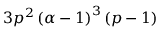
3 p ^ { 2 } \left( \alpha - 1 \right) ^ { 3 } \left( p - 1 \right)